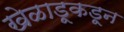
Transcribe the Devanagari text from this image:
खेळाडूकडून